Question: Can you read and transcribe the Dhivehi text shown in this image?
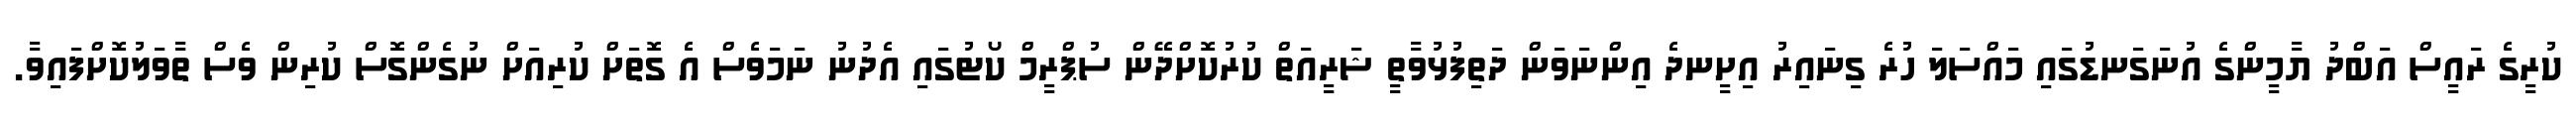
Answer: ކުރީގެ ރައީސް އަބްދު ޔާމީންގެ އުނަގަނޑުގައި މައްސަލަ ހުރެ ގިނައިރު އިށީނދެ އިންނަވަން ދަތިފުޅުވާތީ ޝަރީއަތް ކުރުކޮށްދޭން ސުޕްރީމް ކޯޓުގައި އެދުނު ނަމަވެސް އެ ގޮތަށް ކުރިއަށް ނުގެންގޮސް ކުރިން ވެސް ތާވަލުކޮށްފައިވާ.